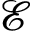
\mathcal { E }